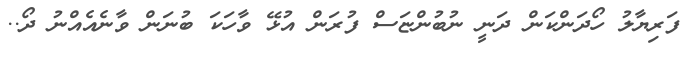
ފަރިޔާލު ހޯދަންކަން ދަނީ ނުބުންޏަސް ފުރަން އުޅޭ ވާހަކަ ބުނަން ވާނެއެއްނު ދޯ..